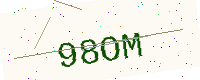
Text: 98OM